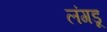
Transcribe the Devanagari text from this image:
लंगडू